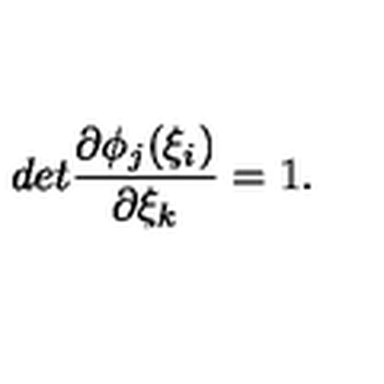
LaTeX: d e t \frac { \partial \phi _ { j } ( \xi _ { i } ) } { \partial \xi _ { k } } = 1 .